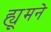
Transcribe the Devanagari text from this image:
ह्यूमने